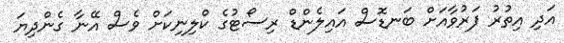
އަދި އިތުރު ފަރުވާއަށް ބަނޑޮސް އައިލެންޑް ރިސޯޓުގެ ކްލިނިކަށް ވެސް އޭނާ ގެންދިޔަ